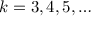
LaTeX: k = 3 , 4 , 5 , \ldots